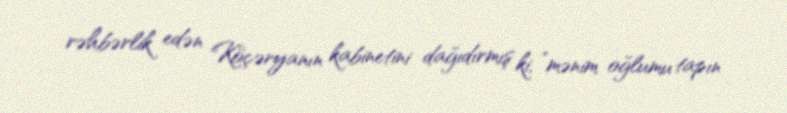
rəhbərlik edən Köçəryanın kabinetini dağıdırmış ki, ”mənim oğlumu tapın